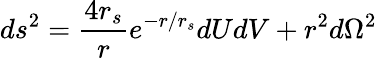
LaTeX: ds^{2}=\frac{4r_{s}}{r}e^{-r/r_{s}}dUdV+r^{2}d\Omega^{2}